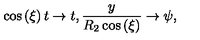
\cos \left( \xi \right) t \to t , \frac { y } { R _ { 2 } \cos \left( \xi \right) } \to \psi ,